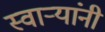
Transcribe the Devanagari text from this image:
स्वाऱ्यांनी